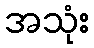
အသုံး